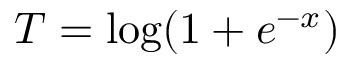
T = \log ( 1 + e ^ { - x } )